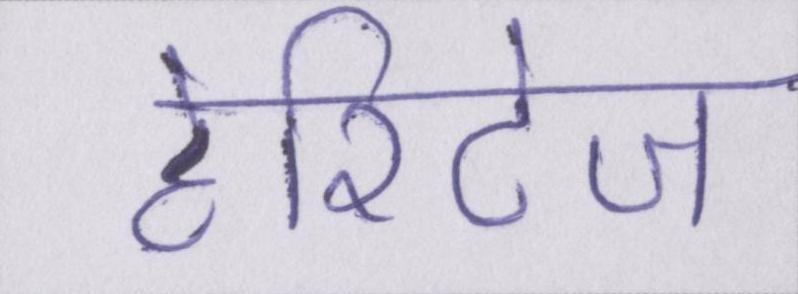
हेरिटेज